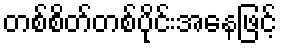
တစ်စိတ်တစ်ပိုင်းအနေဖြင့်